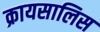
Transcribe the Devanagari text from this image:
क्रायसालिस